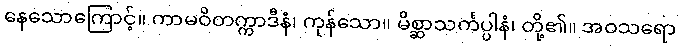
နေသောကြောင့်။ ကာမဝိတက္ကာဒီနံ၊ ကုန်သော။ မိစ္ဆာသင်္ကပ္ပါနံ၊ တို့၏။ အဝသရော